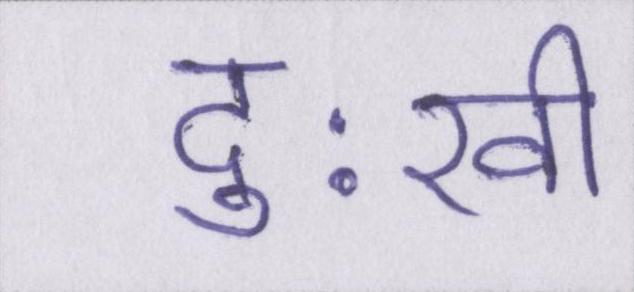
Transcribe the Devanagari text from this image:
दुःखी